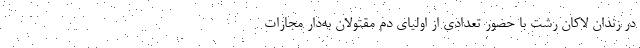
در زندان لاکان رشت با حضور تعدادی از اولیای دم مقتولان به‌دار مجازات